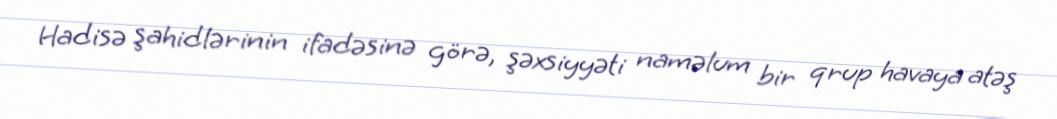
Hadisə şahidlərinin ifadəsinə görə, şəxsiyyəti naməlum bir qrup havaya atəş